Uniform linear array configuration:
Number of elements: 32
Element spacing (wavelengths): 0.75
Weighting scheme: uniform
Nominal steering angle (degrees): -15
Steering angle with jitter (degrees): -13.6
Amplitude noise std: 0.05
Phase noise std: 0.05

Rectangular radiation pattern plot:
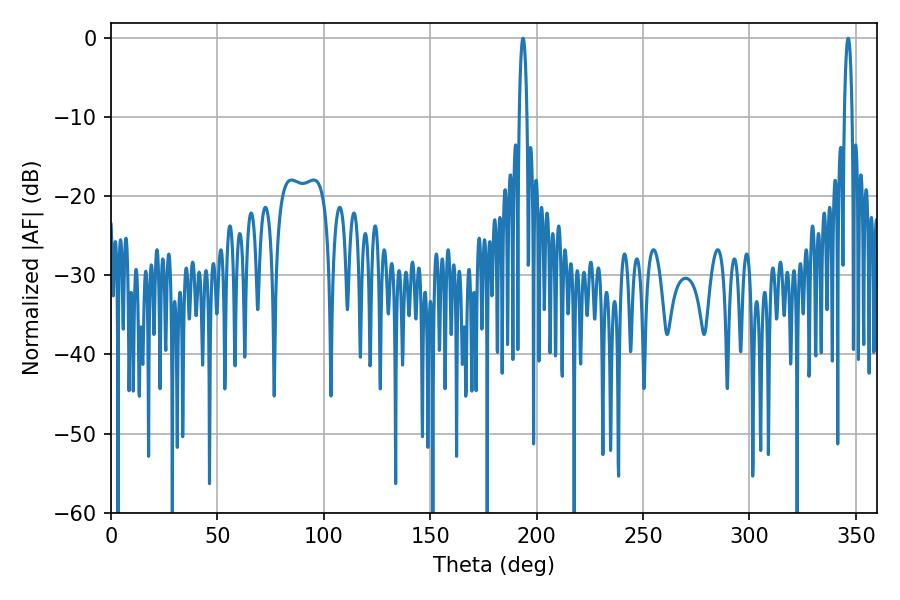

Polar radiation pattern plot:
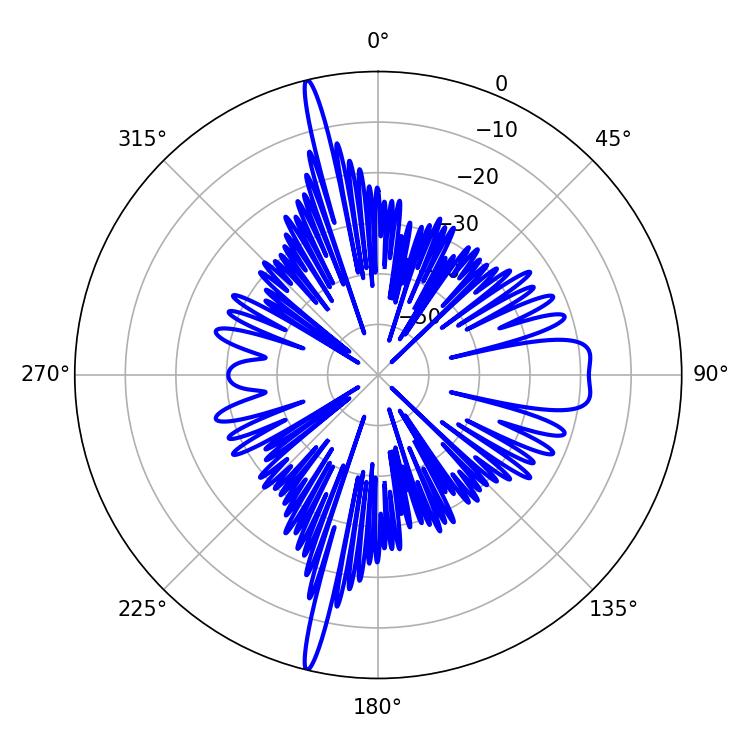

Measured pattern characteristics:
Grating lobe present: TRUE
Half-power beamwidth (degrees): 1.98
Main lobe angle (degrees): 346.32